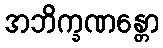
အဘိက္ခဏန္တော